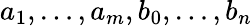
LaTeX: a_{1},\ldots,a_{m},b_{0},\ldots,b_{n}